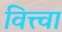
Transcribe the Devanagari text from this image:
वित्त्वा